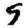
Digit: 9